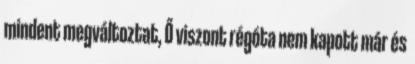
mindent megváltoztat, Ő viszont régóta nem kapott már és